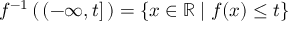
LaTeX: f ^ { - 1 } \left( \, ( - \infty , t ] \, \right) = \{ x \in \mathbb { R } \mid f ( x ) \leq t \}